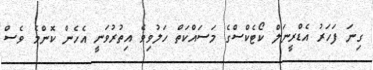
ގިނަ ފަަހަރު އެޑްރީނަލް ކޯޓެކްސްގެ މަސައްކަތް ހަލުވިވެ އިތުރުވަނީ އެހެން ކޮންމެ ވެސް